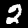
Digit: 2